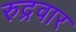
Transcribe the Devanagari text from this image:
रुद्रवार